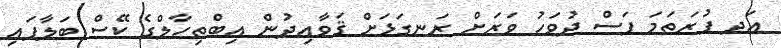
އަދ ފުރަތަމަ ފަސް ދުވަހު ވަރަށް ރަނގަޅަށް ޤަވާއިދުން އިބްތިހާލްގެ ކޭސް ބަލާފައި